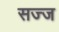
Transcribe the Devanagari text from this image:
सज्‍ज